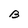
Character: B